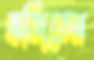
ভজিতেন